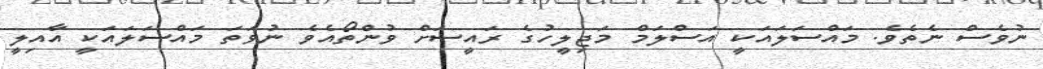
ނުވެސް ނެތެވެ. މައްސަލައަކީ އަސްލަމް މަޖިލީހުގެ ރައީސަށް ވުންތޯއެވެ ނުވަަތަ މައްސަލައަކީ އާއިލީ